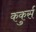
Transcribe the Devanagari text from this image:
ककुर्स